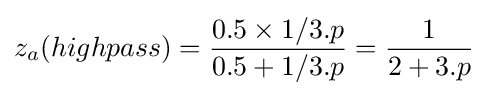
z_{a}(highpass)={\frac {0.5\times 1/3.p}{0.5+1/3.p}}={\frac {1}{2+3.p}}